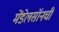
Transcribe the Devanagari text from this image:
मेंडेलसॉनची